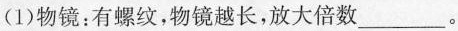
(1)物镜：有螺纹，物镜越长，放大倍数___。